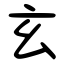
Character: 玄